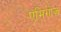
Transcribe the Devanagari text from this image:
एमिगोज़